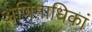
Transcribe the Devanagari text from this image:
अणिमाधिकां